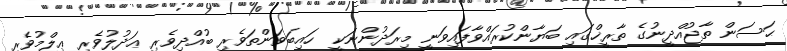
ޙަސަން ތާޖުއްދީނުގެ ތާރީޚްގައި ބަޔާންކުރައްވާފައިވަނީ މިރަދުންނަކީ  ހައިބަވަންތަވެރި ބުއްދިވެރި ޢަދުލުވެރި ޢިލްމުވެރި